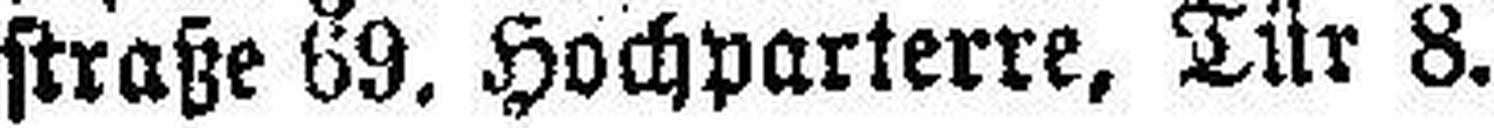
straße 69, Hochparterre, Tür 8.